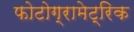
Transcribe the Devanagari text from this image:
फोटोग्रामेट्रिक